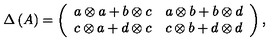
\Delta \left( A \right) = \left( \begin{array} { c c } { a \otimes a + b \otimes c } & { a \otimes b + b \otimes d } \\ { c \otimes a + d \otimes c } & { c \otimes b + d \otimes d } \\ \end{array} \right) ,